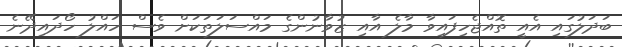
ބަދަލުގައި އެއީ ތޮއްޖެހިފައިވާ މާލެ އާއި ޒުވާނުންގެ މައްސަލަތަކަށް ވެސް ހައްލު ހޯދައިދޭނެ